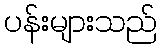
ပန်းများသည်